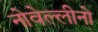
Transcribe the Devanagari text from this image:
नोवेल्लीनो